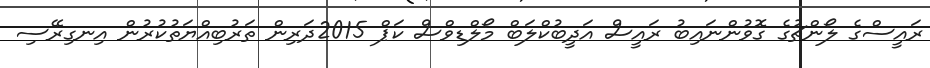
ރައީސްގެ ލޯންޗުގެ ގޮވުންނައިބު ރައީސް އަދީބުކްލަބް މޯލްޑިވްސް ކަޕް 2015ދަރިން ތަރުބިއްޔަތުކުރުން އިނގިރޭސި